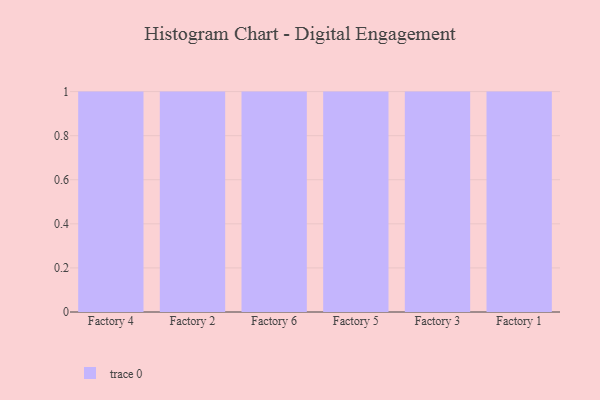
{"axis": {"x": "Factory", "y": "Satisfaction Score"}, "legend": [""], "data": [{"x": "Factory 4", "y": 53, "type": ""}, {"x": "Factory 2", "y": 83, "type": ""}, {"x": "Factory 6", "y": 46, "type": ""}, {"x": "Factory 5", "y": 48, "type": ""}, {"x": "Factory 3", "y": 81, "type": ""}, {"x": "Factory 1", "y": 34, "type": ""}]}